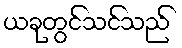
ယခုတွင်သင်သည်